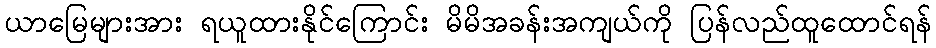
ယာမြေများအား ရယူထားနိုင်ကြောင်း မိမိအခန်းအကျယ်ကို ပြန်လည်ထူထောင်ရန်